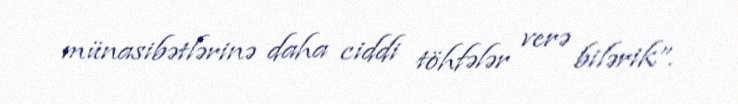
münasibətlərinə daha ciddi töhfələr verə bilərik”.